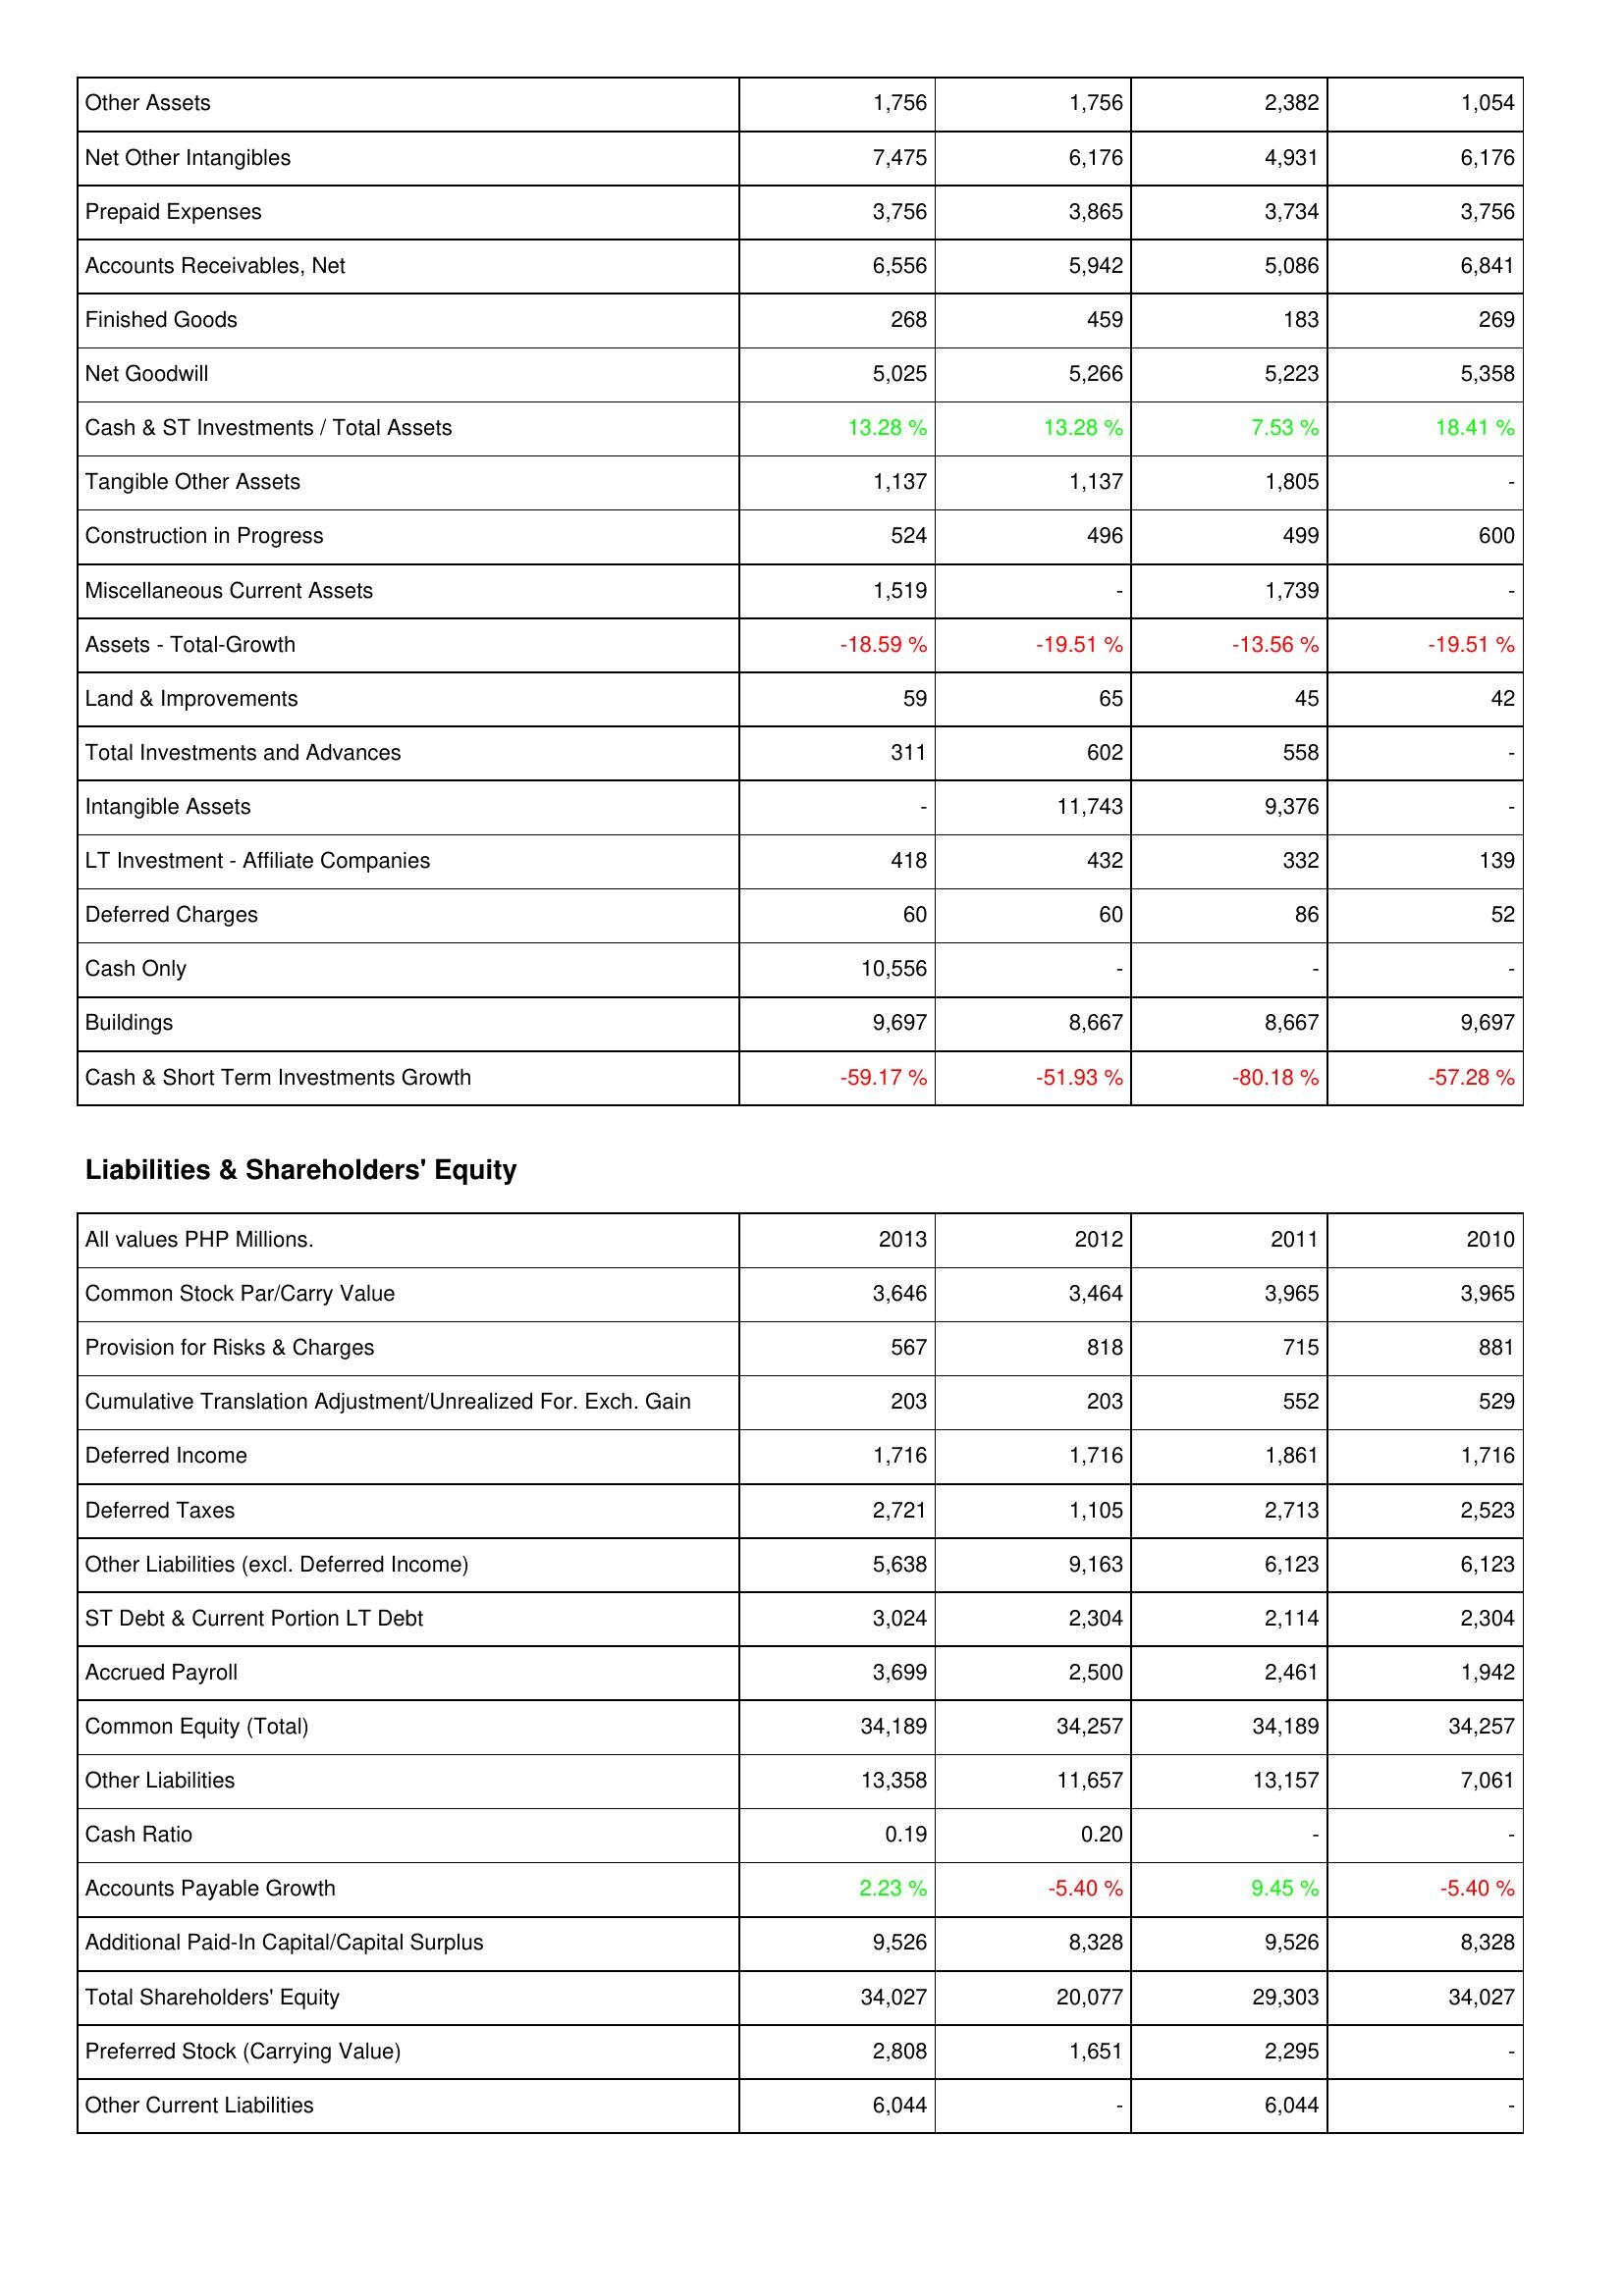
2013: Assets: Other Assets: 1,756
Net Other Intangibles: 7,475
Prepaid Expenses: 3,756
Accounts Receivables, Net: 6,556
Finished Goods: 268
Net Goodwill: 5,025
Cash & ST Investments / Total Assets: 13.28 %
Tangible Other Assets: 1,137
Construction in Progress: 524
Miscellaneous Current Assets: 1,519
Assets - Total-Growth: -18.59 %
Land & Improvements: 59
Total Investments and Advances: 311
Intangible Assets: -
LT Investment - Affiliate Companies: 418
Deferred Charges: 60
Cash Only: 10,556
Buildings: 9,697
Cash & Short Term Investments Growth: -59.17 %
Liabilities & Shareholders' Equity: Common Stock Par/Carry Value: 3,646
Provision for Risks & Charges: 567
Cumulative Translation Adjustment/Unrealized For. Exch. Gain: 203
Deferred Income: 1,716
Deferred Taxes: 2,721
Other Liabilities (excl. Deferred Income): 5,638
ST Debt & Current Portion LT Debt: 3,024
Accrued Payroll: 3,699
Common Equity (Total): 34,189
Other Liabilities: 13,358
Cash Ratio: 0.19
Accounts Payable Growth: 2.23 %
Additional Paid-In Capital/Capital Surplus: 9,526
Total Shareholders' Equity: 34,027
Preferred Stock (Carrying Value): 2,808
Other Current Liabilities: 6,044
2012: Assets: Other Assets: 1,756
Net Other Intangibles: 6,176
Prepaid Expenses: 3,865
Accounts Receivables, Net: 5,942
Finished Goods: 459
Net Goodwill: 5,266
Cash & ST Investments / Total Assets: 13.28 %
Tangible Other Assets: 1,137
Construction in Progress: 496
Miscellaneous Current Assets: -
Assets - Total-Growth: -19.51 %
Land & Improvements: 65
Total Investments and Advances: 602
Intangible Assets: 11,743
LT Investment - Affiliate Companies: 432
Deferred Charges: 60
Cash Only: -
Buildings: 8,667
Cash & Short Term Investments Growth: -51.93 %
Liabilities & Shareholders' Equity: Common Stock Par/Carry Value: 3,464
Provision for Risks & Charges: 818
Cumulative Translation Adjustment/Unrealized For. Exch. Gain: 203
Deferred Income: 1,716
Deferred Taxes: 1,105
Other Liabilities (excl. Deferred Income): 9,163
ST Debt & Current Portion LT Debt: 2,304
Accrued Payroll: 2,500
Common Equity (Total): 34,257
Other Liabilities: 11,657
Cash Ratio: 0.20
Accounts Payable Growth: -5.40 %
Additional Paid-In Capital/Capital Surplus: 8,328
Total Shareholders' Equity: 20,077
Preferred Stock (Carrying Value): 1,651
Other Current Liabilities: -
2011: Assets: Other Assets: 2,382
Net Other Intangibles: 4,931
Prepaid Expenses: 3,734
Accounts Receivables, Net: 5,086
Finished Goods: 183
Net Goodwill: 5,223
Cash & ST Investments / Total Assets: 7.53 %
Tangible Other Assets: 1,805
Construction in Progress: 499
Miscellaneous Current Assets: 1,739
Assets - Total-Growth: -13.56 %
Land & Improvements: 45
Total Investments and Advances: 558
Intangible Assets: 9,376
LT Investment - Affiliate Companies: 332
Deferred Charges: 86
Cash Only: -
Buildings: 8,667
Cash & Short Term Investments Growth: -80.18 %
Liabilities & Shareholders' Equity: Common Stock Par/Carry Value: 3,965
Provision for Risks & Charges: 715
Cumulative Translation Adjustment/Unrealized For. Exch. Gain: 552
Deferred Income: 1,861
Deferred Taxes: 2,713
Other Liabilities (excl. Deferred Income): 6,123
ST Debt & Current Portion LT Debt: 2,114
Accrued Payroll: 2,461
Common Equity (Total): 34,189
Other Liabilities: 13,157
Cash Ratio: -
Accounts Payable Growth: 9.45 %
Additional Paid-In Capital/Capital Surplus: 9,526
Total Shareholders' Equity: 29,303
Preferred Stock (Carrying Value): 2,295
Other Current Liabilities: 6,044
2010: Assets: Other Assets: 1,054
Net Other Intangibles: 6,176
Prepaid Expenses: 3,756
Accounts Receivables, Net: 6,841
Finished Goods: 269
Net Goodwill: 5,358
Cash & ST Investments / Total Assets: 18.41 %
Tangible Other Assets: -
Construction in Progress: 600
Miscellaneous Current Assets: -
Assets - Total-Growth: -19.51 %
Land & Improvements: 42
Total Investments and Advances: -
Intangible Assets: -
LT Investment - Affiliate Companies: 139
Deferred Charges: 52
Cash Only: -
Buildings: 9,697
Cash & Short Term Investments Growth: -57.28 %
Liabilities & Shareholders' Equity: Common Stock Par/Carry Value: 3,965
Provision for Risks & Charges: 881
Cumulative Translation Adjustment/Unrealized For. Exch. Gain: 529
Deferred Income: 1,716
Deferred Taxes: 2,523
Other Liabilities (excl. Deferred Income): 6,123
ST Debt & Current Portion LT Debt: 2,304
Accrued Payroll: 1,942
Common Equity (Total): 34,257
Other Liabilities: 7,061
Cash Ratio: -
Accounts Payable Growth: -5.40 %
Additional Paid-In Capital/Capital Surplus: 8,328
Total Shareholders' Equity: 34,027
Preferred Stock (Carrying Value): -
Other Current Liabilities: -